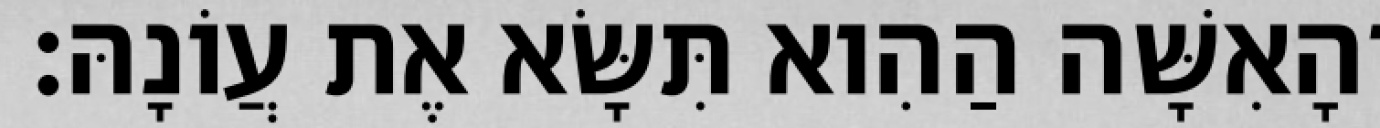
וְהָאִשָּׁה הַהִוא תִּשָּׂא אֶת עֲוֹנָהּ׃